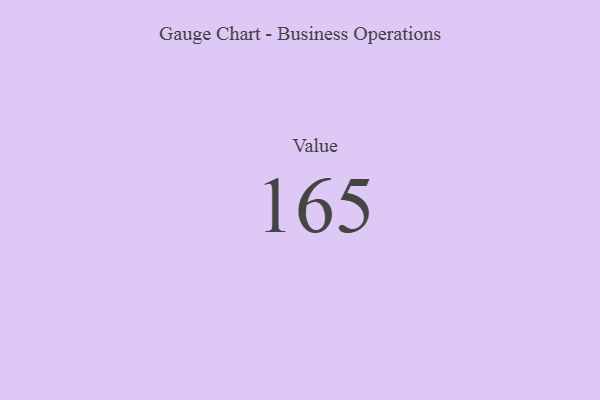
{"axis": {"x": "Metric", "y": "Value"}, "legend": [""], "data": [{"x": "Value", "y": 165, "type": ""}]}